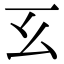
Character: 𢆰